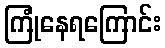
ကြုံနေရကြောင်း